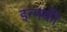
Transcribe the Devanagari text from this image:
इन्नकी